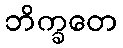
ဘိက္ခတေ